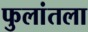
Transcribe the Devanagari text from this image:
फुलांतला